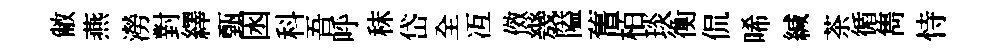
敝燕澇對繹甄囦科吾呼秣岱全冱傚㡬隘𦾔栢琰衡侃唏緘茶循雋恃